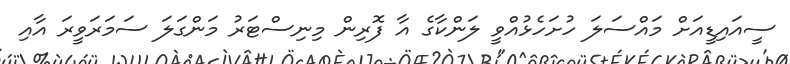
ސީއައިޑީއަށް މައްސަލަ ހުށަހެޅުއްވީ ލަންކާގެ އާ ފޮރިން މިނިސްޓަރު މަންގަލަ ސަމަރަވީރަ އާއި